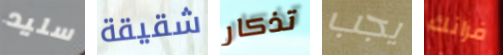
سليد شقيقة تذكار يجب فرانك